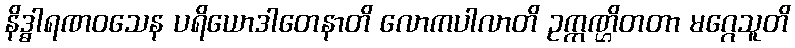
နိဒ္ဓါရဏဝသေန ပရိယောဒါတေနာတိ လောကပါလာတိ ဥက္ကဏ္ဌိတတာ မဂ္ဂေသူတိ